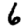
Digit: 6